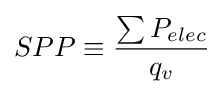
SPP\equiv {{\sum P_{elec}} \over q_{v}}